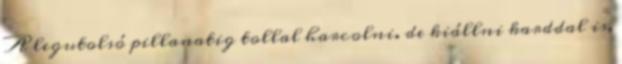
A legutolsó pillanatig tollal harcolni. de kiállni karddal is,